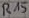
Text: R15